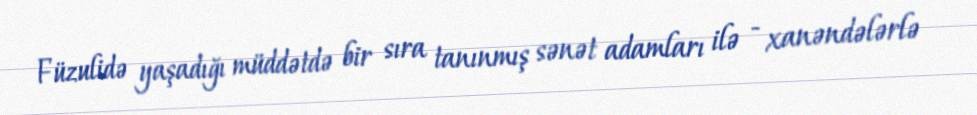
Füzulidə yaşadığı müddətdə bir sıra tanınmış sənət adamları ilə - xanəndələrlə